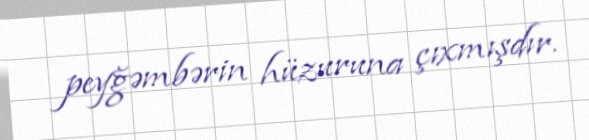
peyğəmbərin hüzuruna çıxmışdır.